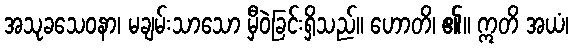
အသုခသေဝနာ၊ မချမ်းသာသော မှီဝဲခြင်းရှိသည်။ ဟောတိ၊ ၏။ ဣတိ အယံ၊